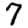
Digit: 7